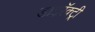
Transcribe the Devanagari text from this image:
डाइरॅक्ट्री